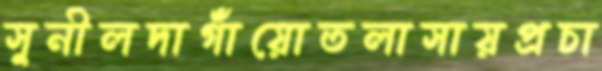
সুনীলদাগাঁয়োতলাসায়প্রচা